Annual report on the health of the army in India
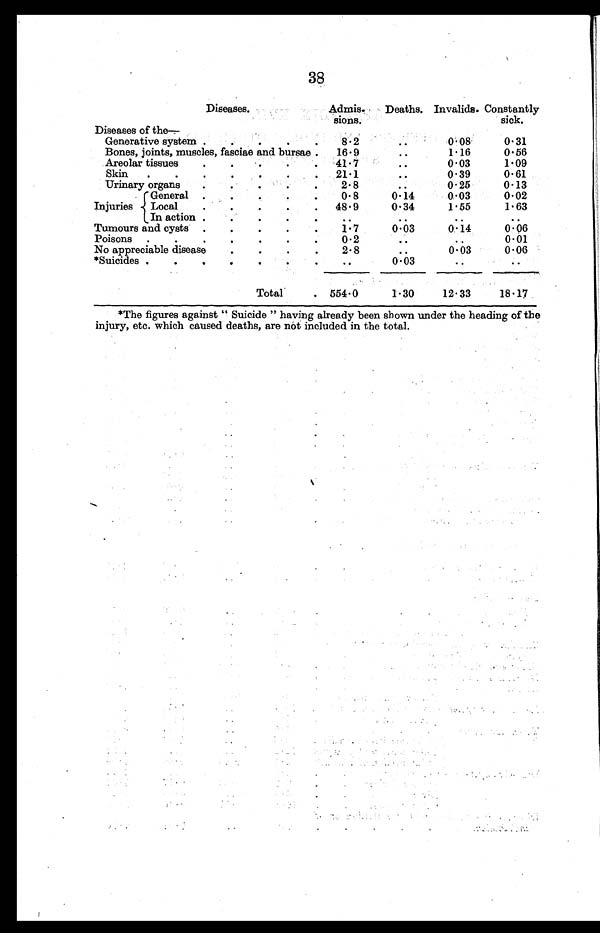
38
Diseases.
Admis-sions.
Deaths. Invalids. Constantly
sick.
Diseases of the
—
Generative system
8.2
..
0.08
0.31
Bones, joints, muscles, fasciae and bursae
16.9
..
1.16
0.56
Areolar tissues
41.7
..
0.03
1.09
Skin
21.1
. .
0.39
0.61
Urinary organs
2.8
..
0.25
0.13
General
0.8
0.14
0.03
0.02
Injuries
Local
48 . 9
0.34
1.55
1.63
In action
..
..
..
..
Tumours and cysts
1.7
0.03
0.14
0.06
Poisons
0.2
..
..
0.01
No appreciable disease
2.8
..
0.03
0.06
*Suicides
. .
0.03
..
..
Total
554.0
1.30
12.33
18.17
*The figures against "Suicide" having already been shown under the heading of the
injury, etc. which caused deaths, are not included in the total.